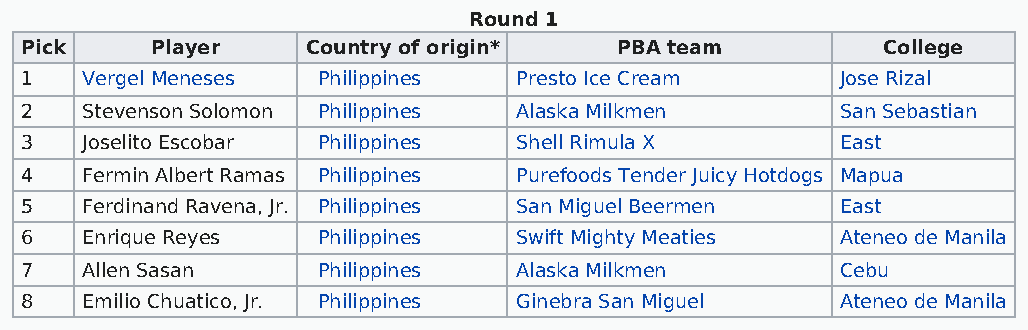
Round 1
 Pick     Player    Country of origin*   PBA team         College
 1   Vergel Meneses  Philippines  Presto Ice Cream      Jose Rizal
 2   Stevenson Solomon Philippines Alaska Milkmen       San Sebastian
 3   Joselito Escobar Philippines Shell Rimula X        East
 4   Fermin Albert Ramas Philippines Purefoods Tender Juicy Hotdogs Mapua
 5   Ferdinand Ravena, Jr. Philippines San Miguel Beermen East
 6   Enrique Reyes   Philippines  Swift Mighty Meaties  Ateneo de Manila
 7   Allen Sasan     Philippines  Alaska Milkmen        Cebu
 8   Emilio Chuatico, Jr. Philippines Ginebra San Miguel Ateneo de Manila